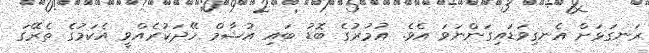
ރަނގަޅަށް އެނގިވަޑައިގަންނަވަ އެވެ. އުމުރުގެ ބޮޑު ބައި އުޝާމް ހޭދަކުރެއްވީ އެކަމުގެ ތެރޭގަ